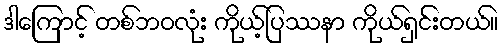
ဒါကြောင့် တစ်ဘဝလုံး ကိုယ့်ပြဿနာ ကိုယ်ရှင်းတယ်။